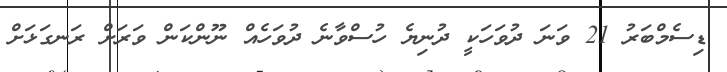
ޑިސެމްބަރު 21 ވަނަ ދުވަހަކީ ދުނިޔެ ހުސްވާނެ ދުވަހެއް ނޫންކަން ވަރަށް ރަނގަޅަށް